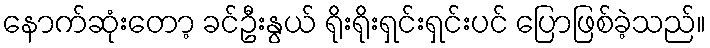
နောက်ဆုံးတော့ ခင်ဦးနွယ် ရိုးရိုးရှင်းရှင်းပင် ပြောဖြစ်ခဲ့သည်။